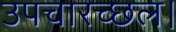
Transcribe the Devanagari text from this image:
उपचारच्छल।